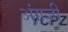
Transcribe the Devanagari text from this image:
अंग़जी